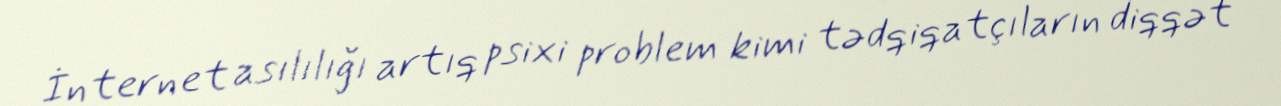
İnternet asılılığı artıq psixi problem kimi tədqiqatçıların diqqət